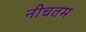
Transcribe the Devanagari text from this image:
नीचतम